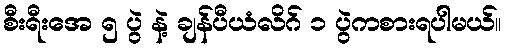
စီးရီးအေ ၅ ပွဲ နဲ့ ချန်ပီယံလိဂ် ၁ ပွဲကစားရပါမယ်။